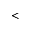
<